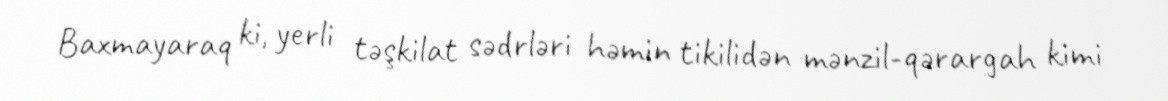
Baxmayaraq ki, yerli təşkilat sədrləri həmin tikilidən mənzil-qərargah kimi